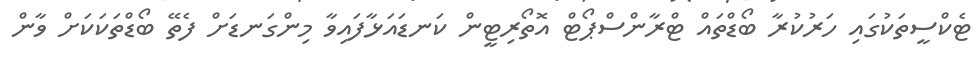
ޓެކްސީތަކުގައި ހަރުކުރާ ބޯޑްތައް ޓްރާންސްޕޯޓް އޮތޯރިޓީން ކަނޑައަޅާފައިވާ މިންގަނޑަށް ފެތޭ ބޯޑްތަކަކަށް ވާން